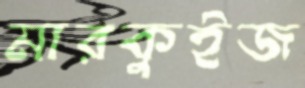
মারকুইজ